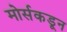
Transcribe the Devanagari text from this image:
मोर्सकडून